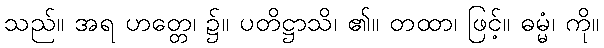
သည်။ အရ ဟတ္တေ၊ ၌။ ပတိဋ္ဌာသိ၊ ၏။ တထာ၊ ဖြင့်။ ဓမ္မံ၊ ကို။